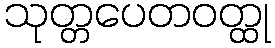
သုတ္တပေတဝတ္ထု